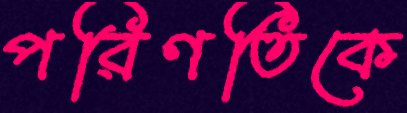
পরিণতিকে